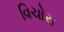
વિચોરા